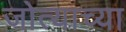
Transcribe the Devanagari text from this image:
जोत्याच्या